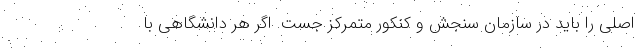
اصلی را باید در سازمان سنجش و کنکور متمرکز جُست. اگر هر دانشگاهی با